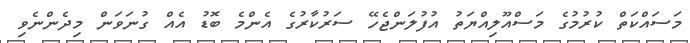
މަސައްކަތް ކުރުމުގެ މަސްއޫލިއްޔަތު އުފުލަންޖެހޭ ސަރުކާރުގެ އެންމެ ބޮޑު އެއް ގުނަވަން މިދެންނެވި